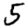
Digit: 5